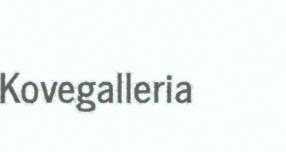
Kovegalleria